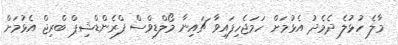
މާލެ ހުޅުލެ ދެމެދު އެޅުމަށް ހަމަޖެހިފައިވާ ޗައިނާ މޯލްޑިވްސް ފްރެންޑްޝިޕް ބްރިޖް އެޅުމަށް